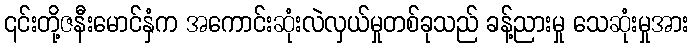
၎င်းတို့ဇနီးမောင်နှံက အကောင်းဆုံးလဲလှယ်မှုတစ်ခုသည် ခန့်ညားမှု သေဆုံးမှုအား